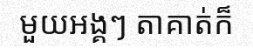
មួយអង្គៗ តាគាត់ក៏